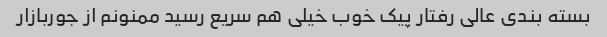
بسته بندی عالی رفتار پیک خوب خیلی هم سریع رسید ممنونم از جوربازار